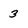
Character: 3